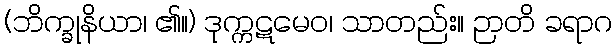
(ဘိက္ခုနိယာ၊ ၏။) ဒုက္ကဋမေဝ၊ သာတည်း။ ဉာတိ ခရာဂ